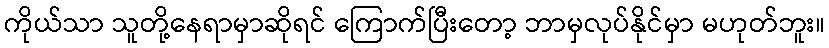
ကိုယ်သာ သူတို့နေရာမှာဆိုရင် ကြောက်ပြီးတော့ ဘာမှလုပ်နိုင်မှာ မဟုတ်ဘူး။